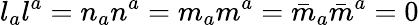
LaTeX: l_{a}l^{a}=n_{a}n^{a}=m_{a}m^{a}={\bar{m}}_{a}{\bar{m}}^{a}=0